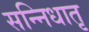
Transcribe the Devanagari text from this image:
सन्निधातृ